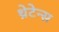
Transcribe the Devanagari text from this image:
थ्रेटेन्स